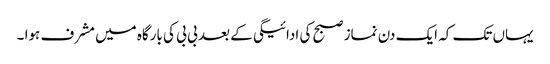
یہاں تک کہ ایک دن نماز صبح کی ادائیگی کے بعد بی بی کی بارگاہ میں مشرف ہوا ۔